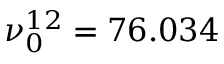
\nu _ { 0 } ^ { 1 2 } = 7 6 . 0 3 4